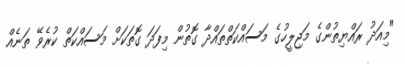
"މިއަދު ރައްޔިތުންގެ މަޖިލީހުގެ މަސައްކަތްތައްދާ ގޮތުން މިފަދަ ގޮތަކަށް މަސައްކަތް ކުރެވޭ ތަނެއް